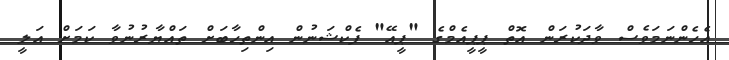
އެހެންނަމަވެސް ވާދަކުރަން އޮތް ޕީޕީއެމްގެ "ޕީއޭ" ފެކްޝަނުން އިންތިހާބަށް ތައްޔާރުނުވާ ކަމަށް އަލީ